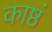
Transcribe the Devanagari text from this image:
काष्ठं